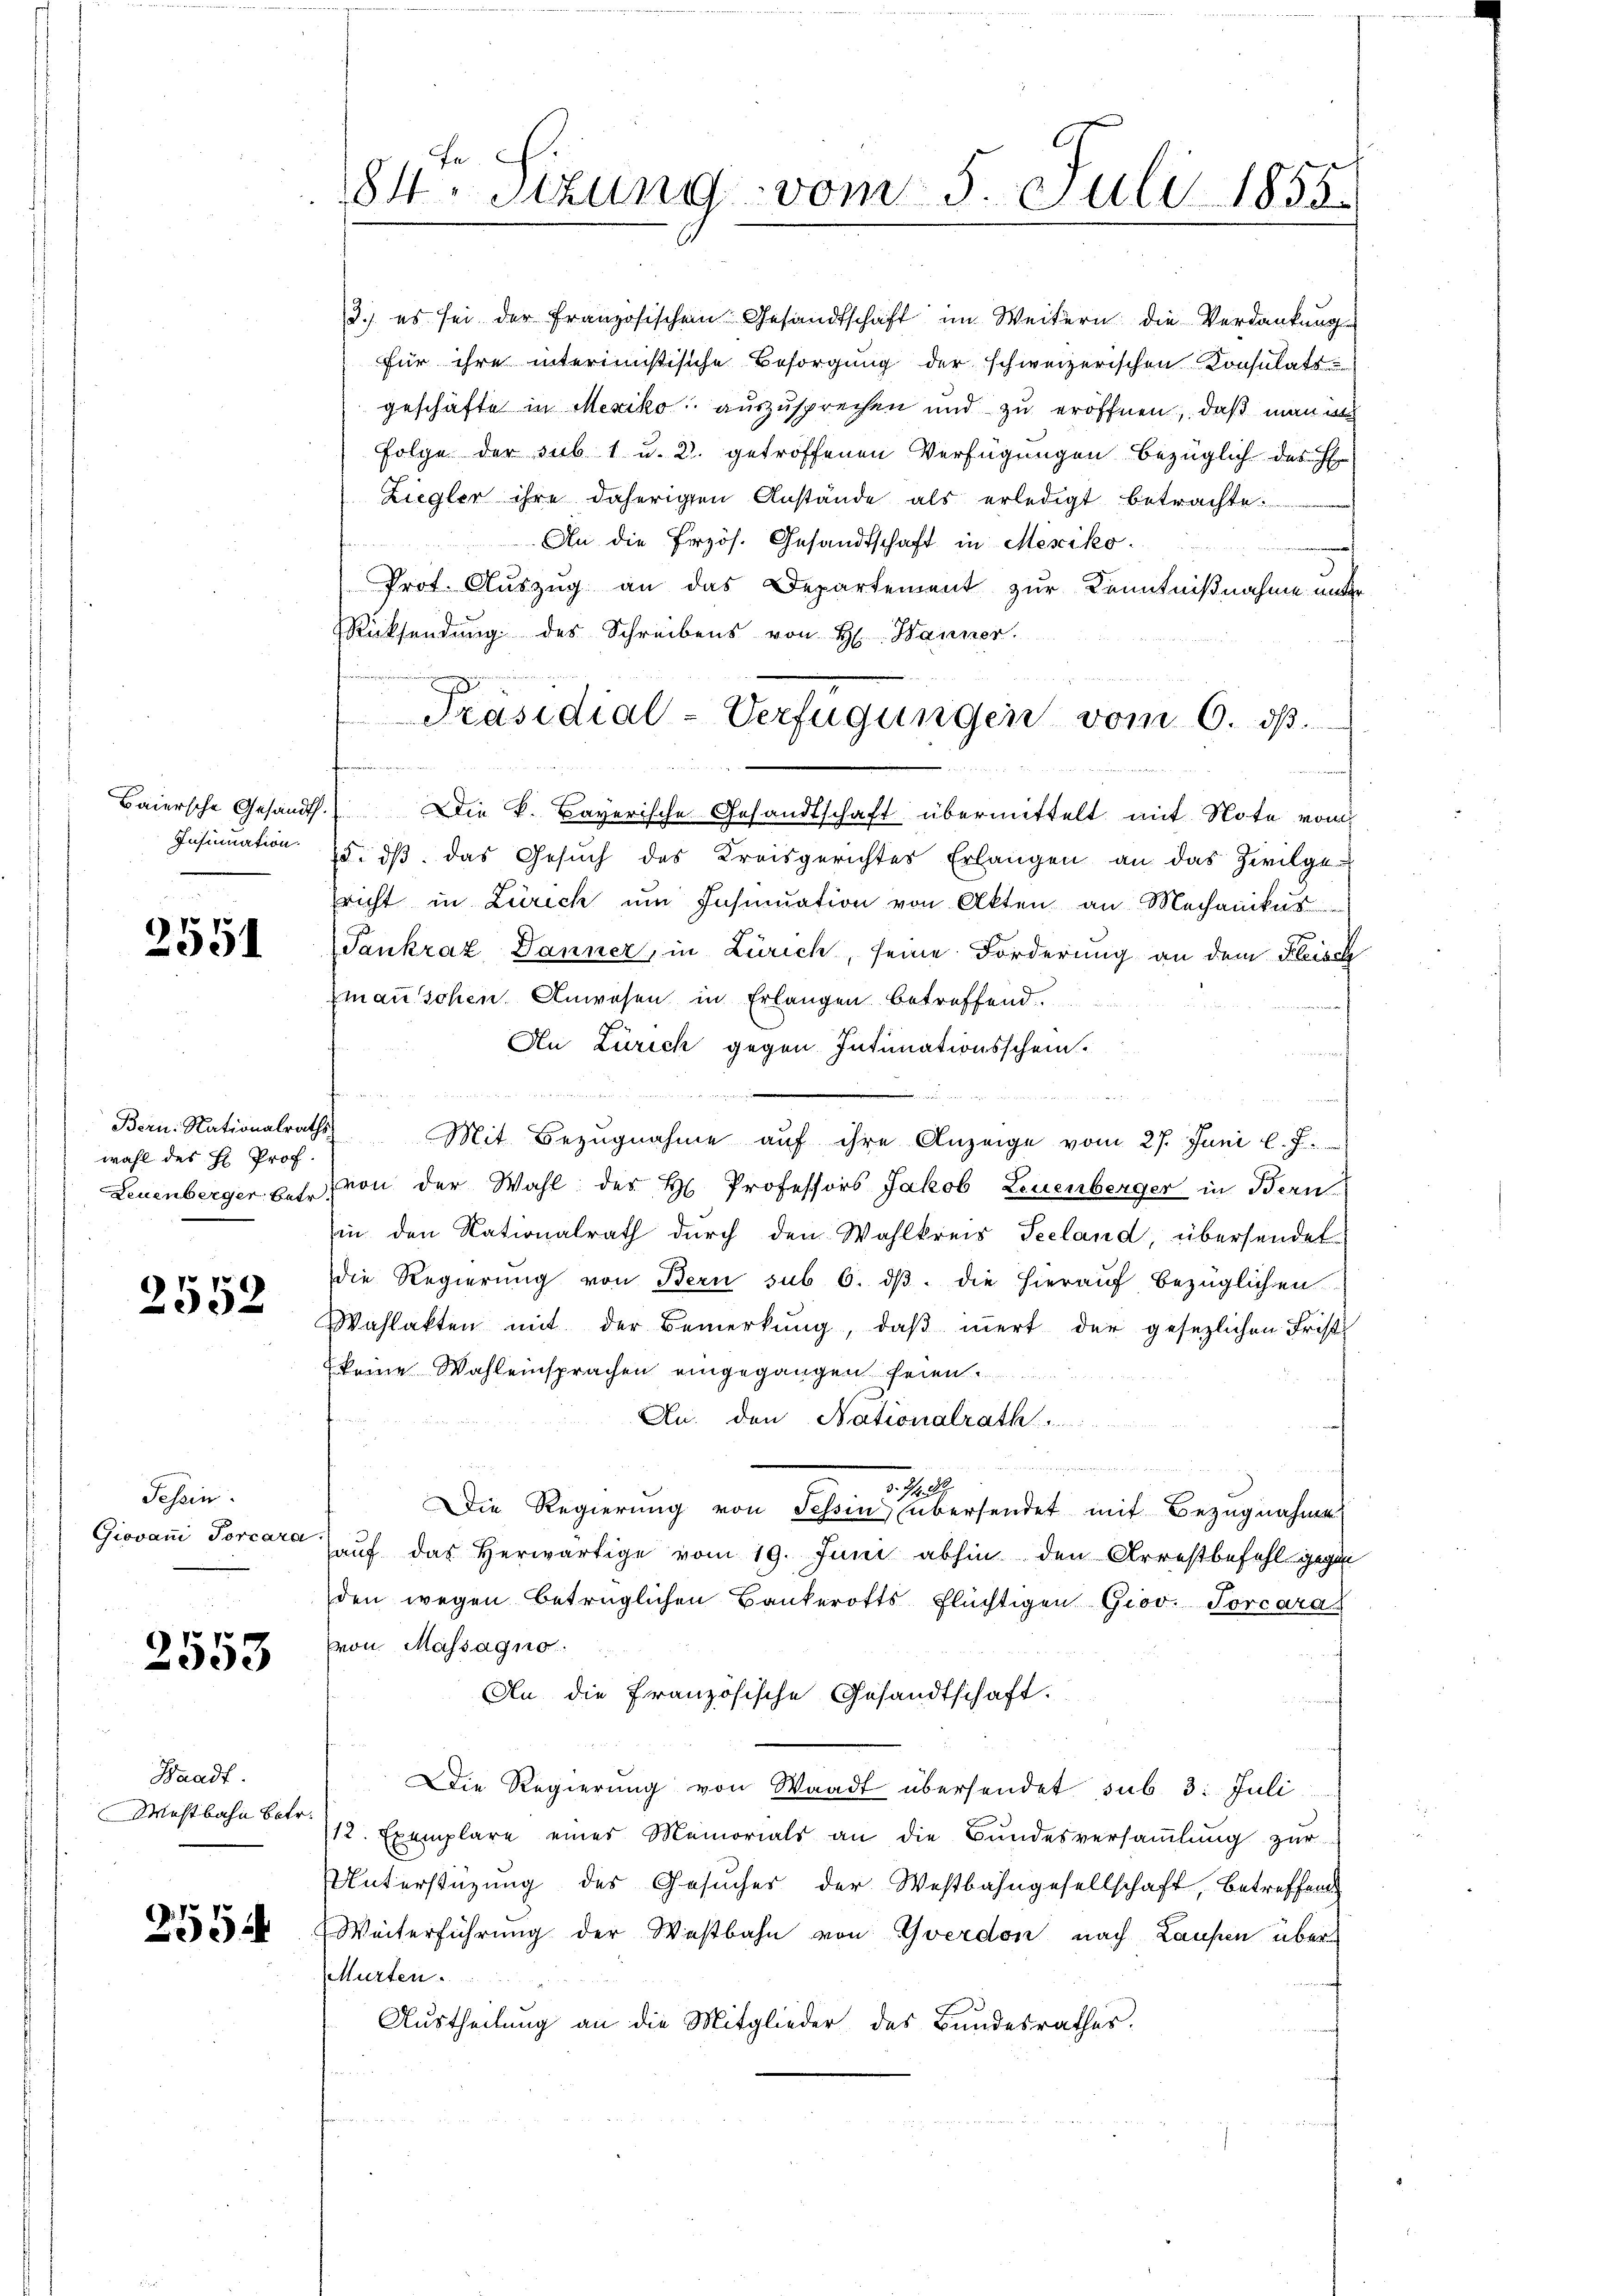
Insummation.

2551

wahl des H Prof.

2552

Tessin.
Giovan Torcara

2553

Waadt.
Mostbahn betr.

2554

84. Sizung vom 5. Juli 1855.

3.) es sei der französischen Gesandtschaft im Weitern die Verdankung
für ihre interimistische Besorgung der schweizerischen Consulatsu
geschäfte in Mexiko auszusprechen und zu eröffnen, daß man de
Folge der sub 1 u. 2. getroffenen Verfügungen bezüglich des H
Ziegler ihre daherigen Anstände als erledigt betrachte.
An die Przös. Gesandtschaft in Mesiko¬
Prot. Auszug an das Departement zur Kenntnißnahme unter
RRücksendung des Schreibens von H. Hanner
Permin wenn ein
n
Baiersche Gesandt. Die k. Bayerische Gesandtschaft übermittelt mit Note vom
8. ds. das Gesŭch des Kreisgerichtes Erlangen an das Zivilgericht in Zürich um Insinuation von Akten an Mechanikus
Saukraz Danner, in Zürich, seine Forderung an dem Fleisch
zmanschen Anwesen in Erlangen betreffend.
An Zürich gegen Intimationsschein.
u
u weit den sie in den eingen
Bern. Nationalraths Mit Bezŭgnahme aŭf ihre Anzeige vom 27. Juni l. J.
Leuenberger u. s. von der Wahl des H. Professors Jakob Leuenberger in Bern
in den Nationalrath durch den Wahlkreis Seeland, übersendet
die Regierung von Bern sub 6. dβ die hierauf bezüglichen
Wahlakten mit der Bemerkung, daß innert der gesezlichen Frist
keine Wahleinsprachen eingegangen seien.
Au. den Nationalrath
u

an
H. A
Die Regierung von Tessin übersendet mit Bezugnahme
auf das Herwärtige vom 19. Juni abhin den Arrestbefehl gegen
den wegen betrüglichen Bankerotts flüchtigen Giov. Torcaras
von Massagno
An die französische Gesandtschaft.
Die Regierung von Waadt übersendet sub 3: Juli
12. Exemplare eines Memorials an die Bundesversaṁlŭng zur
Unterstüzung des Gesuches der Westbahngesellschaft, betreffend
Weiterführung der Westbahn von Yverdon nach Laufen über
Murten.
Austheilung an die Mitglieder des Bundesrathes.
n

9
Präsidial-Verfügungen vom 6. dß.
 wurde